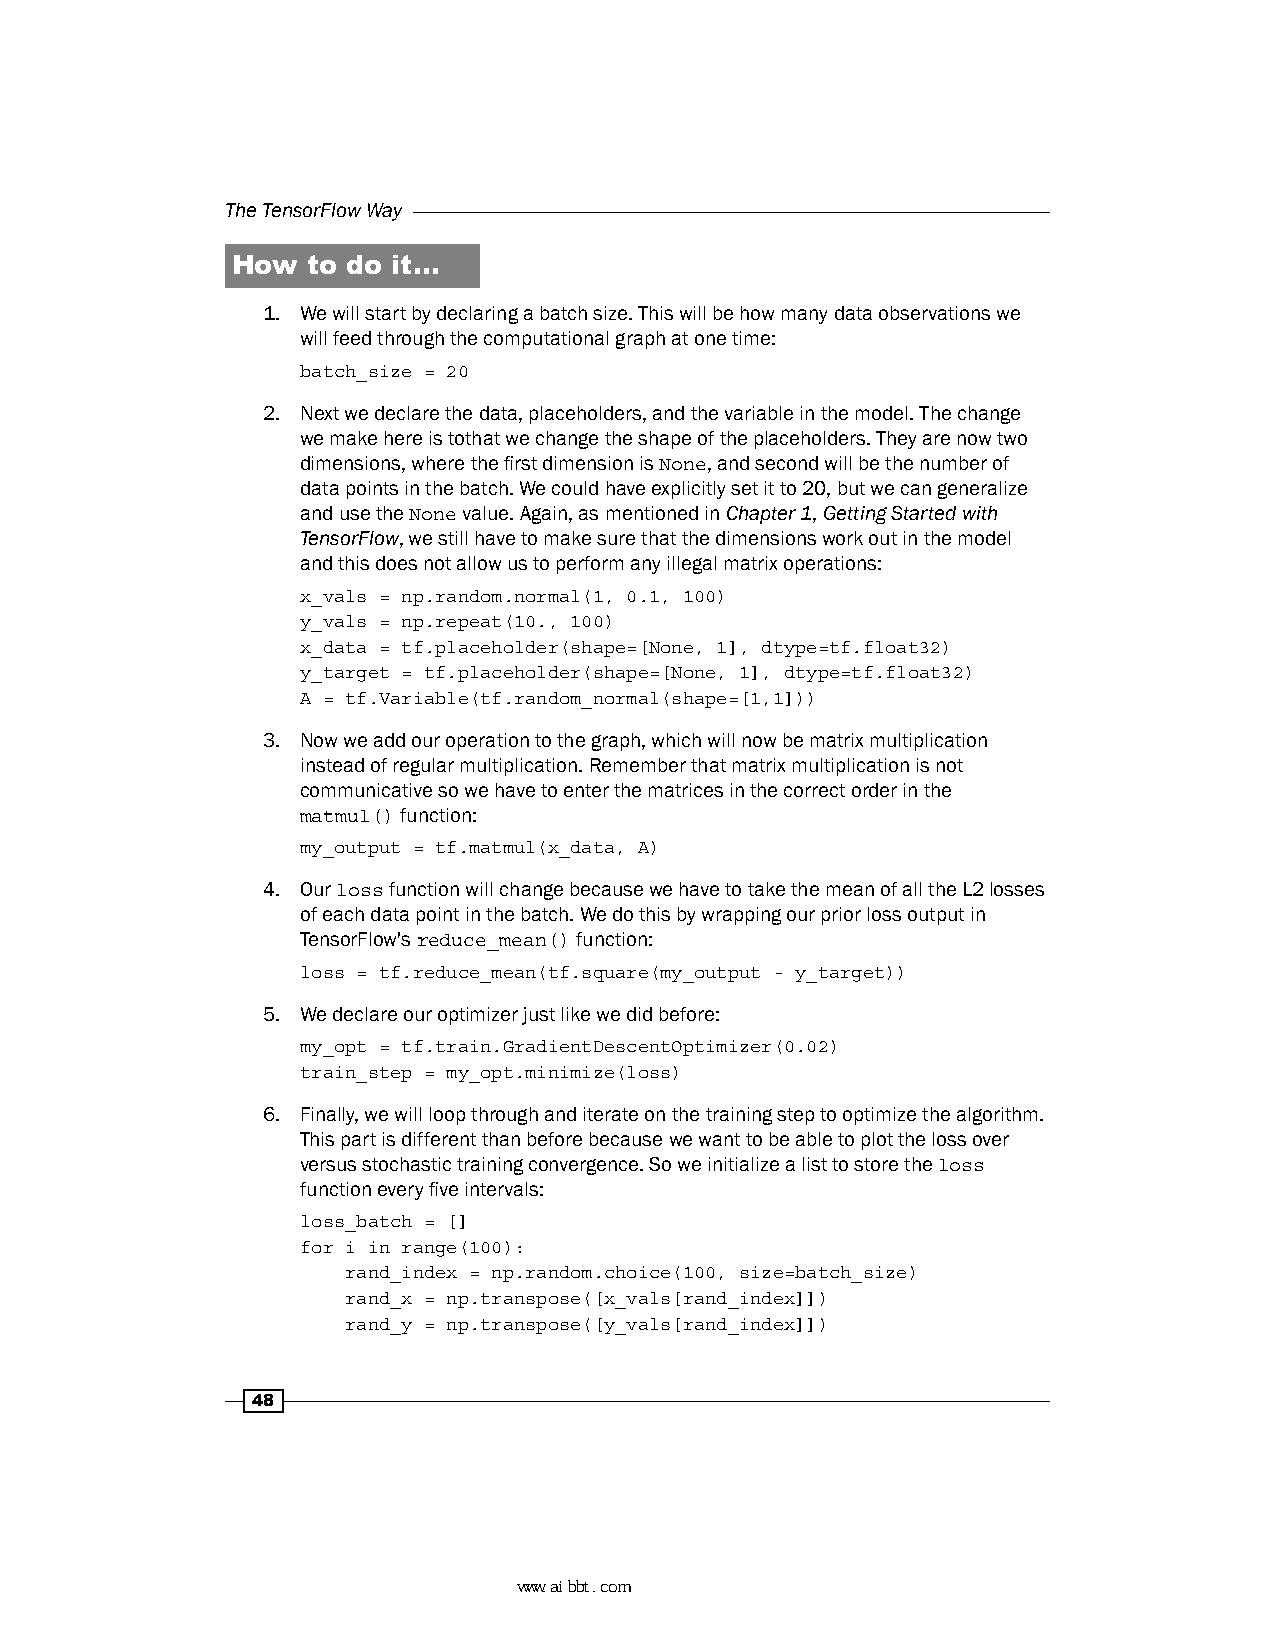
The TensorFlow Way
 How  to do it…
 1. We will start by declaring a batch size. This will be how many data observations we
 will feed through the computational graph at one time:
 batch_size = 20
 2. Next we declare the data, placeholders, and the variable in the model. The change
 we make here is tothat we change the shape of the placeholders. They are now two
 dimensions, where the first dimension is None, and second will be the number of
 data points in the batch. We could have explicitly set it to 20, but we can generalize
 and use the None value. Again, as mentioned in Chapter 1, Getting Started with
 TensorFlow, we still have to make sure that the dimensions work out in the model
 and this does not allow us to perform any illegal matrix operations:
 x_vals = np.random.normal(1, 0.1, 100)
 y_vals = np.repeat(10., 100)
 x_data = tf.placeholder(shape=[None, 1], dtype=tf.float32)
 y_target = tf.placeholder(shape=[None, 1], dtype=tf.float32)
 A = tf.Variable(tf.random_normal(shape=[1,1]))
 3. Now we add our operation to the graph, which will now be matrix multiplication
 instead of regular multiplication. Remember that matrix multiplication is not
 communicative so we have to enter the matrices in the correct order in the
 matmul() function:
 my_output = tf.matmul(x_data, A)
 4. Our loss function will change because we have to take the mean of all the L2 losses
 of each data point in the batch. We do this by wrapping our prior loss output in
 TensorFlow's reduce_mean() function:
 loss = tf.reduce_mean(tf.square(my_output - y_target))
 5. We declare our optimizer just like we did before:
 my_opt = tf.train.GradientDescentOptimizer(0.02)
 train_step = my_opt.minimize(loss)
 6. Finally, we will loop through and iterate on the training step to optimize the algorithm.
 This part is different than before because we want to be able to plot the loss over
 versus stochastic training convergence. So we initialize a list to store the loss
 function every five intervals:
 loss_batch = []
 for i in range(100):
 rand_index = np.random.choice(100, size=batch_size)
 rand_x = np.transpose([x_vals[rand_index]])
 rand_y = np.transpose([y_vals[rand_index]])
 48
 www.aibbt.com 让未来触手可及